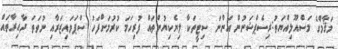
މަޤާމްގެ މަސްއޫލިއްޔަތު:ރިސެޕްޝަނުން އަންނަ ސިޓީތަކާ ލިޔެކިޔުންތައް ފުރިހަމަ ކުރުމަށްފަހު ސްޕަވައިޒަރާއި ނުވަތަ ދާއިރާތައް